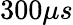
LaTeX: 300\mu s